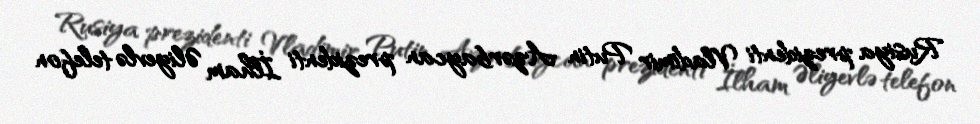
Rusiya prezidenti Vladimir Putin Azərbaycan prezidenti İlham Əliyevlə telefon